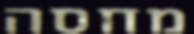
מחסה